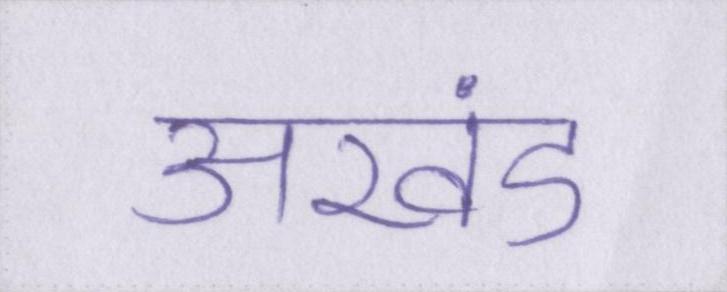
अखंड